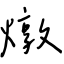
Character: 燉